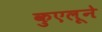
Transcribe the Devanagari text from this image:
कुएलूने